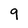
Character: 9